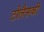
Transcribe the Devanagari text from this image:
टोलैसकी